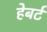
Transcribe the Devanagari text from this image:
हेबर्ट